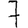
Digit: 7